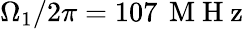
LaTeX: \Omega_{1}/2\pi=107\, \mathrm{~M~H~z~}